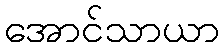
အောင်သာယာ